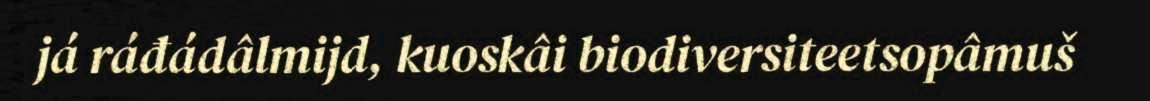
já ráđádâlmijd, kuoskâi biodiversiteetsopâmuš